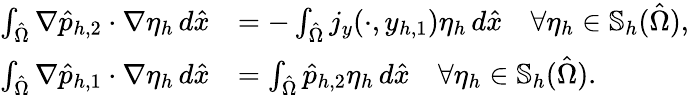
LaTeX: \begin{array}{rl}{\int_{\hat{\Omega}}\nabla\hat{p}_{h,2}\cdot\nabla\eta_{h}\, d\hat{x}}&{=-\int_{\hat{\Omega}}j_{y}(\cdot,y_{h,1})\eta_{h}\, d\hat{x}\quad\forall\eta_{h}\in\mathbb{S}_{h}(\hat{\Omega}),}\\ {\int_{\hat{\Omega}}\nabla\hat{p}_{h,1}\cdot\nabla\eta_{h}\, d\hat{x}}&{=\int_{\hat{\Omega}}\hat{p}_{h,2}\eta_{h}\, d\hat{x}\quad\forall\eta_{h}\in\mathbb{S}_{h}(\hat{\Omega}).}\end{array}